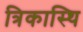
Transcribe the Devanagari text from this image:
त्रिकास्थि